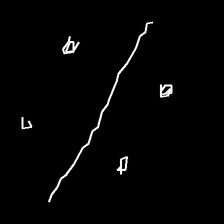
Glyph: cool